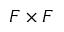
F \times F